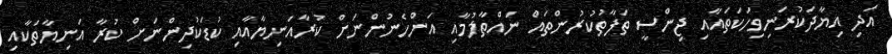
އަދި އިޔާދަކުރަނިވިހަކަތައާއި ޖިންސީ ތަފާތުކުރުންތައް ނައްތާލުމާއި އަންހެނުންނަށް ކުރާއަނިޔާއާއި ކުޑަކުދިންނަށް ކުރާ އަނިޔާތަކާއި